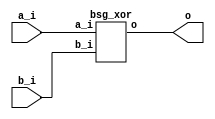


module top
(
  a_i,
  b_i,
  o
);

  input [15:0] a_i;
  input [15:0] b_i;
  output [15:0] o;

  bsg_xor
  wrapper
  (
    .a_i(a_i),
    .b_i(b_i),
    .o(o)
  );


endmodule



module bsg_xor
(
  a_i,
  b_i,
  o
);

  input [15:0] a_i;
  input [15:0] b_i;
  output [15:0] o;
  wire [15:0] o;
  assign o[15] = a_i[15] ^ b_i[15];
  assign o[14] = a_i[14] ^ b_i[14];
  assign o[13] = a_i[13] ^ b_i[13];
  assign o[12] = a_i[12] ^ b_i[12];
  assign o[11] = a_i[11] ^ b_i[11];
  assign o[10] = a_i[10] ^ b_i[10];
  assign o[9] = a_i[9] ^ b_i[9];
  assign o[8] = a_i[8] ^ b_i[8];
  assign o[7] = a_i[7] ^ b_i[7];
  assign o[6] = a_i[6] ^ b_i[6];
  assign o[5] = a_i[5] ^ b_i[5];
  assign o[4] = a_i[4] ^ b_i[4];
  assign o[3] = a_i[3] ^ b_i[3];
  assign o[2] = a_i[2] ^ b_i[2];
  assign o[1] = a_i[1] ^ b_i[1];
  assign o[0] = a_i[0] ^ b_i[0];

endmodule